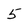
Character: 5